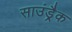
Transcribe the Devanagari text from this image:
साउंड़्रैक